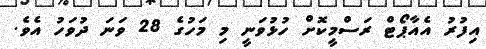
އިފުރު އެއާޕޯޓް ރަސްމީކޮށް ހުޅުވަނީ މި މަހުގެ 28 ވަނަ ދުވަހު އެވެ.